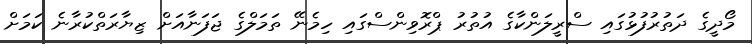
މޯދީގެ ދަތުރުފުޅުގައި ސްރީލަންކާގެ އުތުރު ޕްރޮވިންސްގައި ހިމެނޭ ތަމަލްގެ ޖަފަނާއަށް ޒިޔާރަތްކުރާނެ ކަމަށް